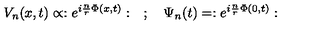
V _ { n } ( x , t ) \propto : e ^ { i \frac { n } { r } \Phi ( x , t ) } : \quad ; \quad \Psi _ { n } ( t ) = : e ^ { i \frac { n } { r } \Phi ( 0 , t ) } :